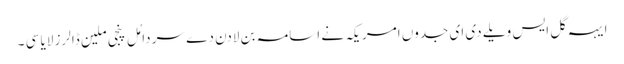
ایہہ گل ایس ویلے دی ای جدوں امریکہ نے اسامہ بن لادن دے سر دامُل پنجی ملین ڈالرز لایا سی ۔